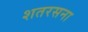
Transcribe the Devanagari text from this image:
शतरसना